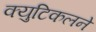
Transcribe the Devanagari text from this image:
क्युटिकलने